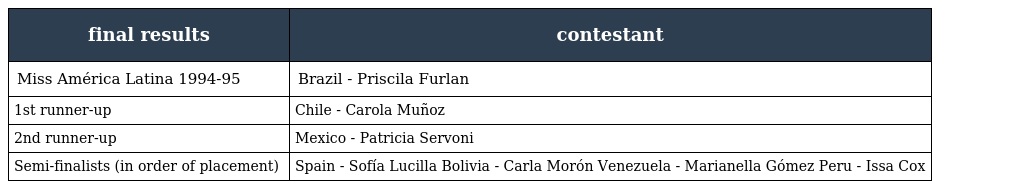
| final results | contestant |
 | --- | --- |
 | Miss América Latina 1994-95 | Brazil - Priscila Furlan |
 | 1st runner-up | Chile - Carola Muñoz |
 | 2nd runner-up | Mexico - Patricia Servoni |
 | Semi-finalists (in order of placement) | Spain - Sofía Lucilla Bolivia - Carla Morón Venezuela - Marianella Gómez Peru - Issa Cox |